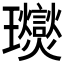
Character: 𤫙